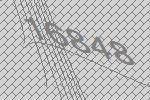
16848